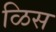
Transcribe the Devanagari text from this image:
ळिस